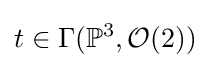
t\in \Gamma (\mathbb {P} ^{3},{\mathcal {O}}(2))